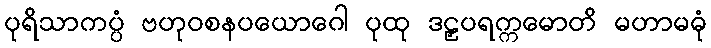
ပုရိသာကပ္ပံ ဗဟုဝစနပယောဂေါ ပုထု ဒဠှပရက္ကမောတိ မဟာမဓုံ